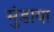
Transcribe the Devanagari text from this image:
मुंडाया